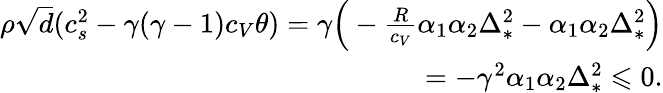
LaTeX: \begin{array}{r}{\rho\sqrt{d}(c_{s}^{2}-\gamma(\gamma-1)c_{V}\theta)=\gamma\Big(-\frac{R}{c_{V}}\alpha_{1}\alpha_{2}\Delta_{*}^{2}-\alpha_{1}\alpha_{2}\Delta_{*}^{2}\Big)}\\ {=-\gamma^{2}\alpha_{1}\alpha_{2}\Delta_{*}^{2}\leqslant 0.}\end{array}